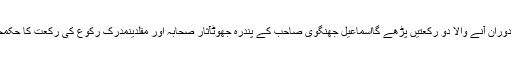
دفاع حدیث: خطبہ جمعہ کے دوران آنے والا دو رکعتیں پڑھے گااسماعیل جھنگوی صاحب کے پندرہ جھوٹآثارِ صحابہ اور مقلدینمُدرکِ رکوع کی رکعت کا حکمحلال جانور کے حرام اعضاء؟